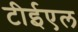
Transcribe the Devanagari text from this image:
टीईएल